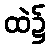
ထဲ၌